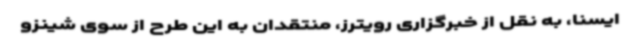
ایسنا، به نقل از خبرگزاری رویترز، منتقدان به این طرح از سوی شینزو